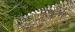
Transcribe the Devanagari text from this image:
जुडुवां